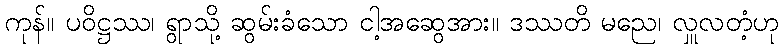
ကုန်။ ပဝိဋ္ဌဿ၊ ရွာသို့ ဆွမ်းခံသော ငါ့အဆွေအား။ ဒဿတိ မညေ၊ လှူလတံ့ဟု